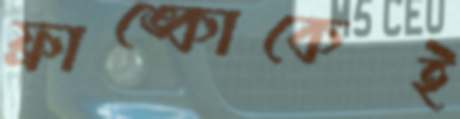
ফ্রাঙ্কোকেই